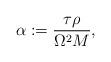
LaTeX: \begin{align*}\alpha:=\frac{\tau\rho}{\Omega^2M},\end{align*}